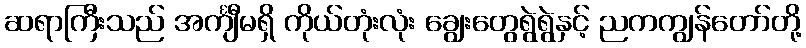
ဆရာကြီးသည် အင်္ကျီမရှိ ကိုယ်တုံးလုံး ချွေးတွေရွဲရွဲနှင့် ညကကျွန်တော်တို့